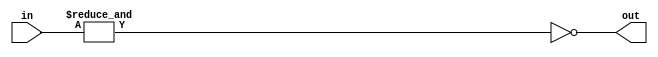
module f4_TECH_NAND18(input [17:0] in, output out);
assign out = ~(&in);
endmodule